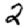
Digit: 2